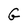
Character: G